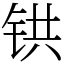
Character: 𫟹